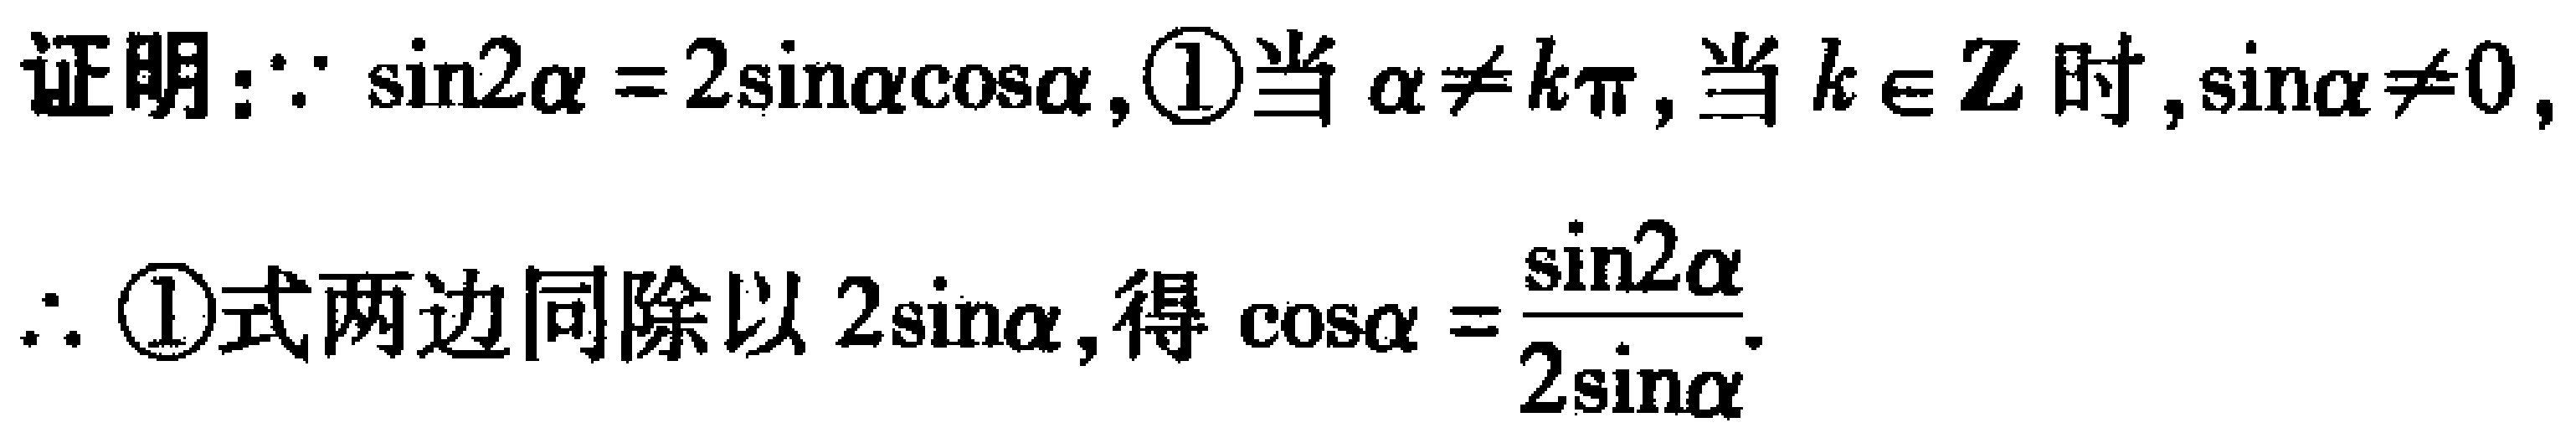
证明：$\because \sin2\alpha = 2\sin\alpha\cos\alpha$, \textcircled{1}当$\alpha\neq k\pi$, 当$k\in \mathbf{Z}$时, $\sin\alpha\neq 0$,
$\therefore$ \textcircled{1}式两边同除以$2\sin\alpha$, 得$\cos\alpha = \frac{\sin2\alpha}{2\sin\alpha}$.